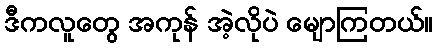
ဒီကလူတွေ အကုန် အဲ့လိုပဲ မျောကြတယ်။